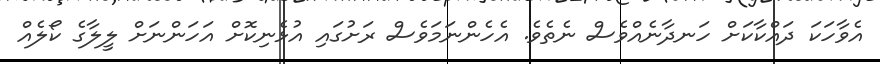
އެވާހަކަ ދައްކާކަށް ހަނދާނެއްވެސް ނެތެވެ. އެހެންނަމަވެސް ރަށުގައި އުޅެނިކޮށް އަހަންނަށް ލީލާގެ ކޯލެއް